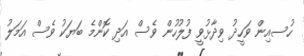
ހުސއިން ވަހީދު ވިދާޅުވީ ފުލުހުން ވެސް އަދި ކޮންމެ ބަޔަކު ވެސް އަމަލު